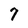
Character: 7